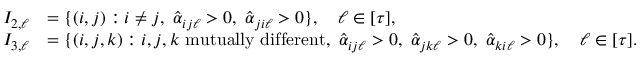
\begin{array} { r l } { I _ { 2 , \ell } } & { = \{ ( i , j ) : i \not = j , \ \hat { \alpha } _ { i j \ell } > 0 , \ \hat { \alpha } _ { j i \ell } > 0 \} , \quad \ell \in [ \tau ] , } \\ { I _ { 3 , \ell } } & { = \{ ( i , j , k ) : i , j , k \mathrm { ~ m u t u a l l y ~ d i f f e r e n t } , \ \hat { \alpha } _ { i j \ell } > 0 , \ \hat { \alpha } _ { j k \ell } > 0 , \ \hat { \alpha } _ { k i \ell } > 0 \} , \quad \ell \in [ \tau ] . } \end{array}